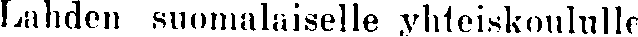
Lahden suomalaiselle yhteiskoululle